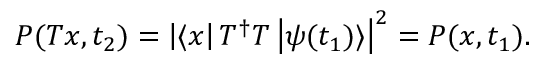
P ( T x , t _ { 2 } ) = \left| \langle x \right| T ^ { \dagger } T \left| \psi ( t _ { 1 } ) \rangle \right| ^ { 2 } = P ( x , t _ { 1 } ) .